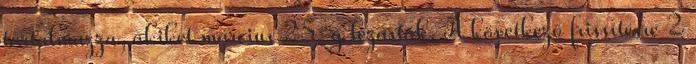
tartalmazza, akiket március 25-g lezártak. A következő frissítésre 2